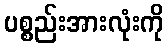
ပစ္စည်းအားလုံးကို